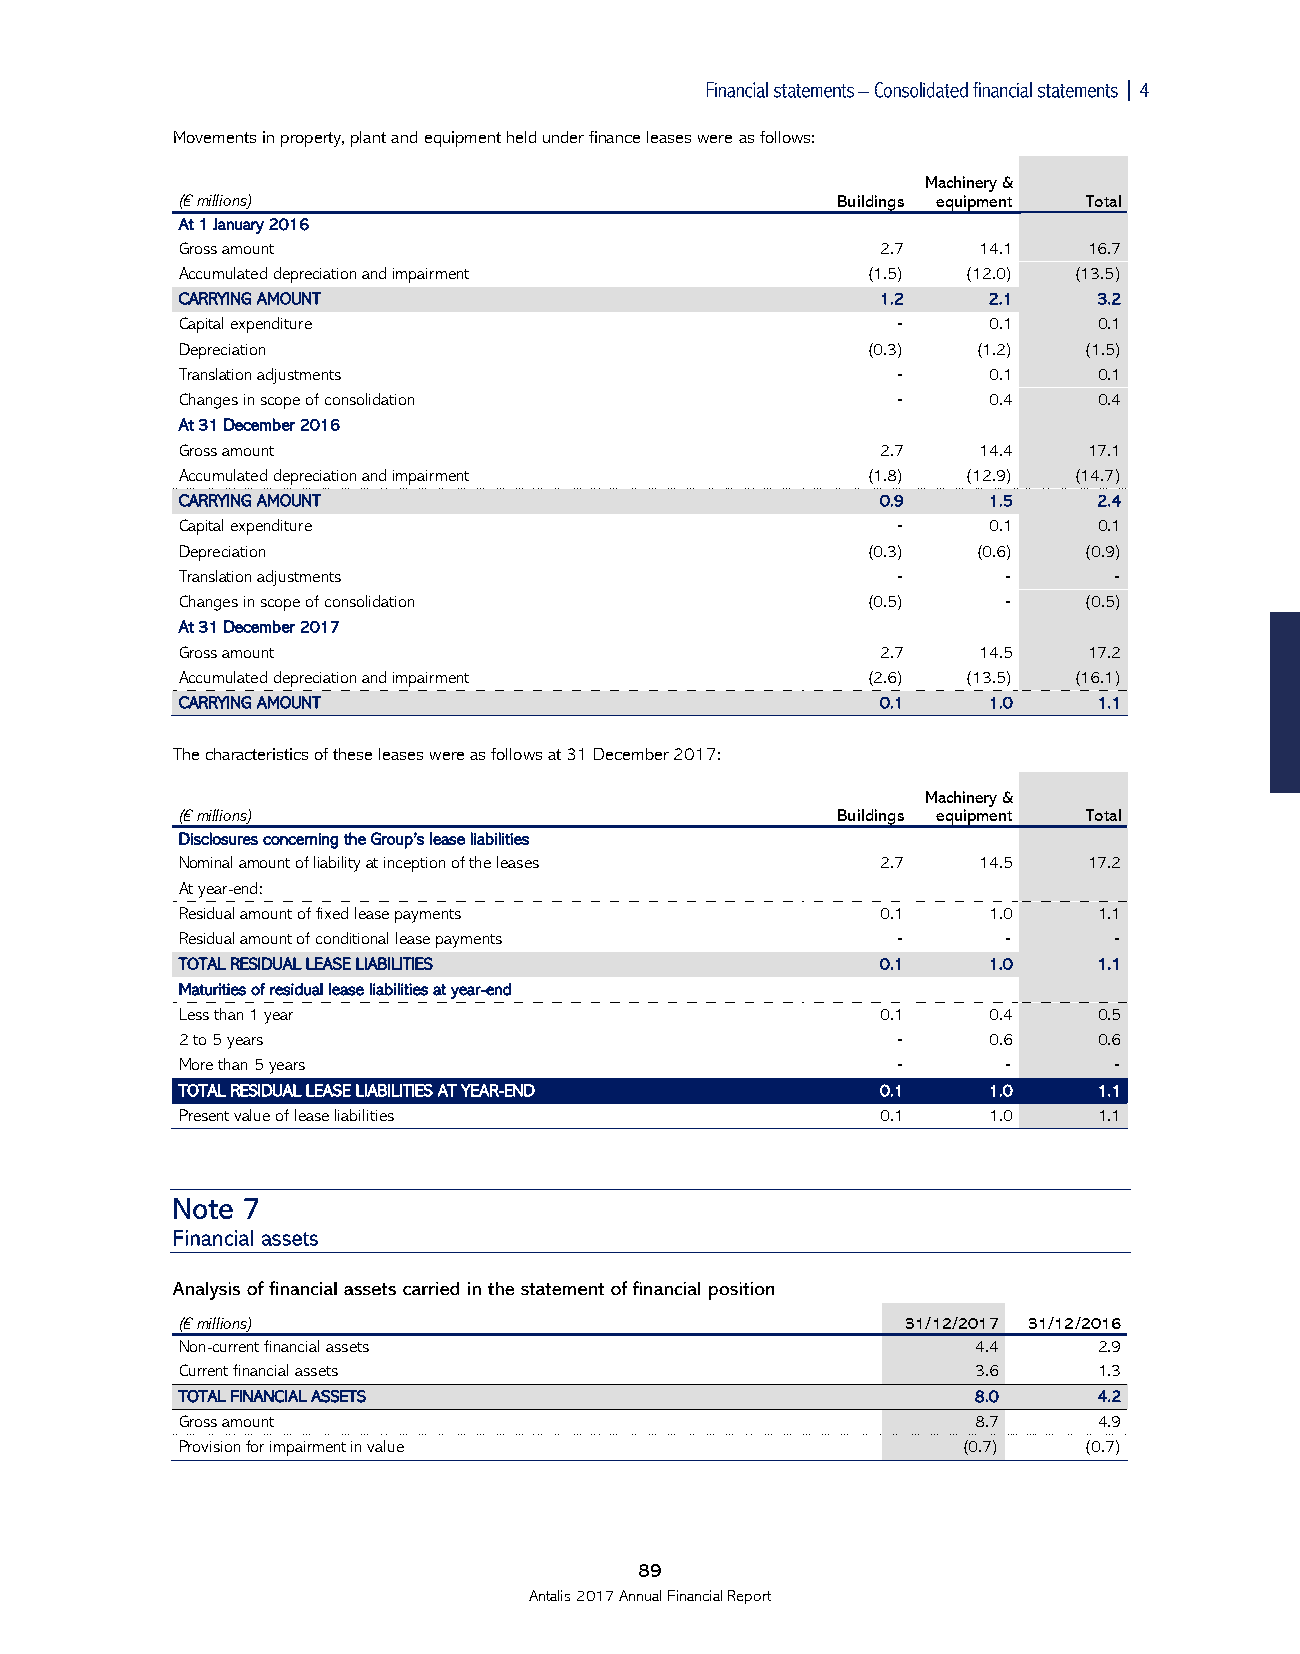

 Movements in property, plant and equipment held under finance leases were as follows:
 Machinery &
 (€ millions)                               Buildings equipment Total
 At 1 January 2016
 Gross amount                                  2.7    14.1   16.7
 Accumulated depreciation and impairment      (1.5)  (12.0) (13.5)
 CARRYING AMOUNT                               1.2    2.1     3.2
 Capital expenditure                            ‑     0.1     0.1
 Depreciation                                 (0.3)   (1.2)  (1.5)
 Translation adjustments                        ‑     0.1     0.1
 Changes in scope of consolidation              ‑     0.4     0.4
 At 31 December 2016
 Gross amount                                  2.7    14.4   17.1
 Accumulated depreciation and impairment      (1.8)  (12.9) (14.7)
 CARRYING AMOUNT                               0.9    1.5     2.4
 Capital expenditure                            ‑     0.1     0.1
 Depreciation                                 (0.3)   (0.6)  (0.9)
 Translation adjustments                        ‑      ‑       ‑
 Changes in scope of consolidation            (0.5)    ‑     (0.5)
 At 31 December 2017
 Gross amount                                  2.7    14.5   17.2
 Accumulated depreciation and impairment      (2.6)  (13.5) (16.1)
 CARRYING AMOUNT                               0.1    1.0     1.1
 The characteristics of these leases were as follows at 31 December 2017:
 Machinery &
 (€ millions)                               Buildings equipment Total
 Disclosures concerning the Group’s lease liabilities
 Nominal amount of liability at inception of the leases 2.7 14.5 17.2
 At year-end:
 Residual amount of fixed lease payments       0.1    1.0     1.1
 Residual amount of conditional lease payments  ‑      ‑       ‑
 TOTAL RESIDUAL LEASE LIABILITIES              0.1    1.0     1.1
 Maturities of residual lease liabilities at year-end
 Less than 1 year                              0.1    0.4     0.5
 2 to 5 years                                   ‑     0.6     0.6
 More than 5 years                              ‑      ‑       ‑
 TOTAL RESIDUAL LEASE LIABILITIES AT YEAR-END  0.1    1.0     1.1
 Present value of lease liabilities            0.1    1.0     1.1
 (€ millions)                                    31/12/2017 31/12/2016
 Non-current financial assets                         4.4     2.9
 Current financial assets                             3.6     1.3
 TOTAL FINANCIAL ASSETS                              8.0      4.2
 Gross amount                                         8.7     4.9
 Provision for impairment in value                   (0.7)   (0.7)
 89
 Antalis 2017 Annual Financial Report